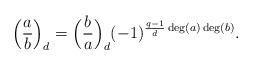
LaTeX: \begin{align*}\Big(\frac{a}{b}\Big)_d = \Big(\frac{b}{a}\Big)_d (-1)^{\frac{q-1}{d} \deg(a)\deg(b)}.\end{align*}